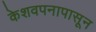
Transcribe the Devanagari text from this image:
केशवपनापासून